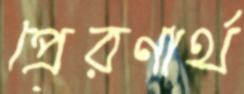
প্রেরণার্থ